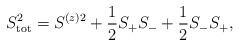
LaTeX: \begin{align*}S_{\mathrm{tot}}^2=S^{(z)2}+\frac{1}{2} S_+S_-+\frac{1}{2}S_- S_+,\end{align*}